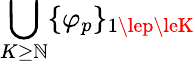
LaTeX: \bigcup_{K\ge\mathbb{N}}\{ \varphi_{p}\} _{1\lep\leK}